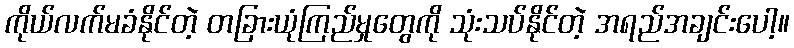
ကိုယ်လက်မခံနိုင်တဲ့ တခြားယုံကြည်မှုတွေကို သုံးသပ်နိုင်တဲ့ အရည်အချင်းပေါ့။